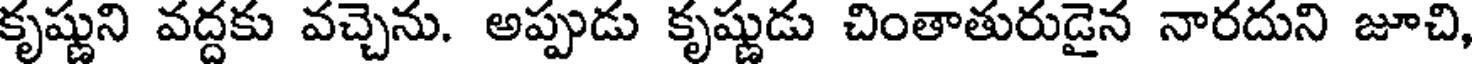
కృష్ణుని వద్దకు వచ్చెను. అప్పుడు కృష్ణుడు చింతాతురుడైన నారదుని జూచి,